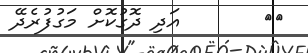
٩٢       އަދި ދޮގުކޮށް މަގުފުރެދޭ